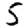
Digit: 5